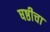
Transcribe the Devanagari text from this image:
षष्ठीचा